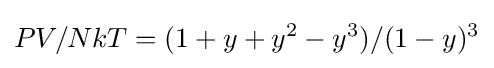
PV/NkT=(1+y+y^{2}-y^{3})/(1-y)^{3}